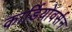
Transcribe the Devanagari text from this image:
कार्डियोवर्सन